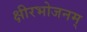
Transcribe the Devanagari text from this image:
क्षीरभोजनम्